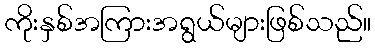
ကိုးနှစ်အကြားအရွယ်များဖြစ်သည်။